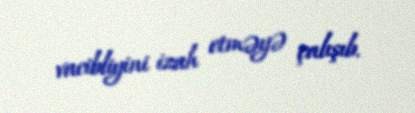
vacibliyini izah etməyə çalışıb.